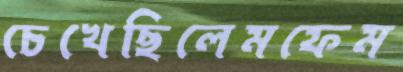
চেখেছিলেমফেম